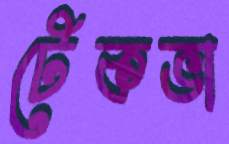
টেকভা